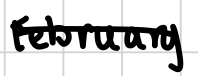
Text: February
Cross-out: single-line
Writing tool: digital_black